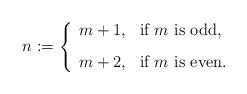
LaTeX: \begin{align*}n := \left\{\begin{array}{ll}m+1, & \mbox{if $m$ is odd}, \\ [0.3cm]m+2, & \mbox{if $m$ is even}.\end{array}\right.\end{align*}